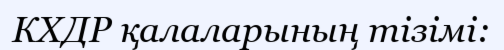
КХДР қалаларының тізімі: